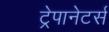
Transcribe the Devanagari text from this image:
ट्रेपानेटर्स